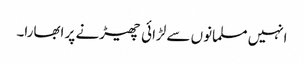
انہیں مسلمانوں سے لڑائی چھیڑنے پر ابھارا۔